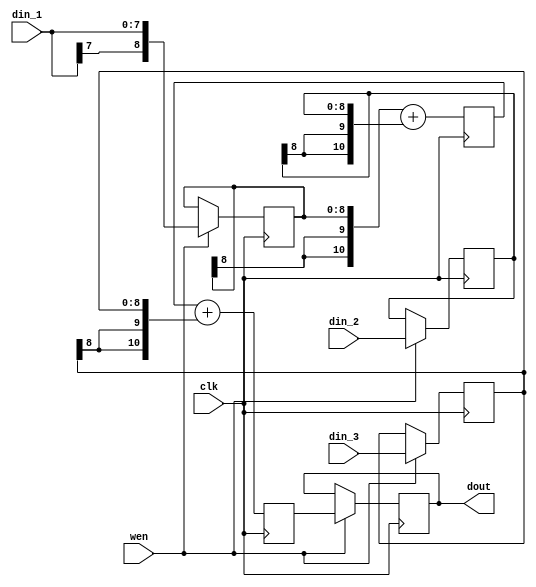
module combine_res (clk, wen, din_1, din_2, din_3, dout);
    input clk; 
    input wen; 
    input[7:0] din_1; 
    input[8:0] din_2; 
    input[8:0] din_3; 
    output[10:0] dout; 
    reg[10:0] dout;
    reg[8:0] din_1_reg; 
    reg[8:0] din_2_reg; 
    reg[8:0] din_3_reg; 
    reg[10:0] add_tmp; 
    reg[10:0] dout_reg; 
    always @(posedge clk)
    begin
          if (wen == 1'b1)
          begin
             din_1_reg <= {din_1[7], din_1} ; 
             din_2_reg <= din_2 ; 
             din_3_reg <= din_3 ; 
             dout <= dout_reg ; 
          end 
          add_tmp <= ({din_1_reg[8], din_1_reg[8], din_1_reg}) + ({din_2_reg[8], din_2_reg[8], din_2_reg}) ; 
          dout_reg <= add_tmp + ({din_3_reg[8], din_3_reg[8], din_3_reg}) ; 
       end 
 endmodule